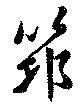
筇